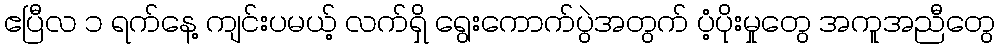
ဧပြီလ ၁ ရက်နေ့ ကျင်းပမယ့် လက်ရှိ ရွေးကောက်ပွဲအတွက် ပံ့ပိုးမှုတွေ အကူအညီတွေ